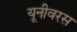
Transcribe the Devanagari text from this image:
यूनीवरस